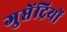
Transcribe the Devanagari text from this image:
गुप्तेंद्रियों